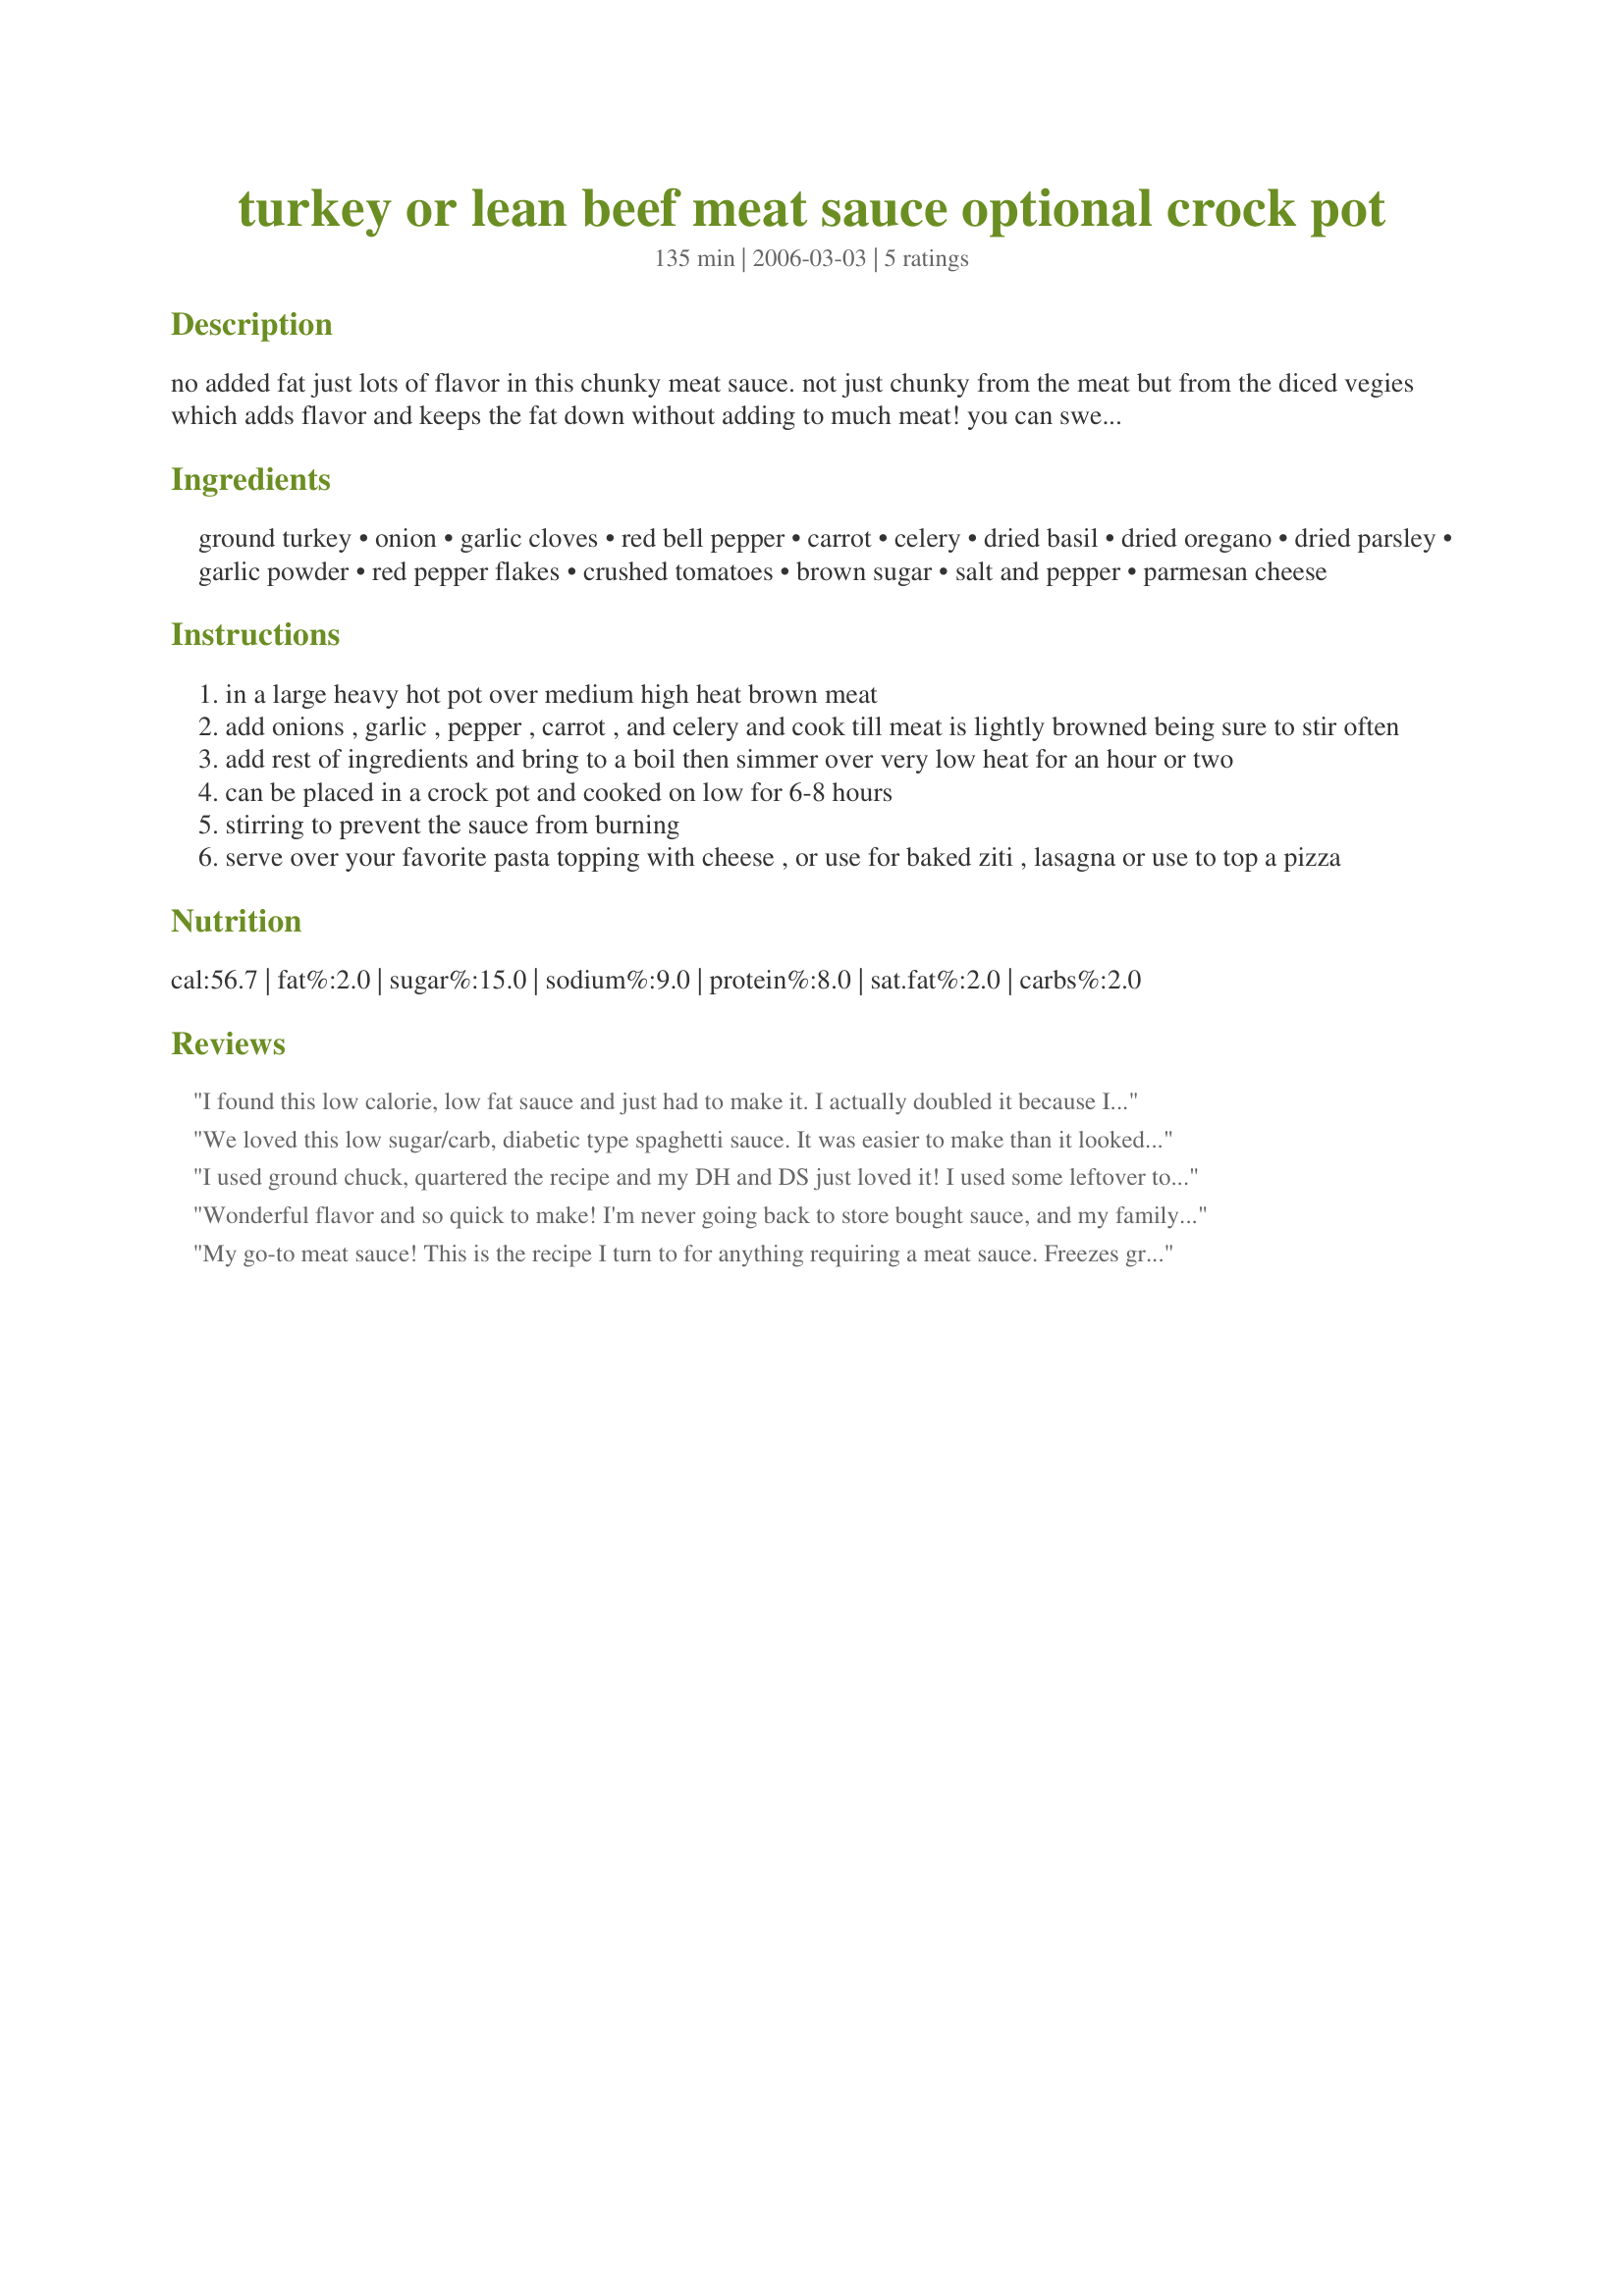
turkey or lean beef meat sauce optional crock pot
Preparation time: 135 minutes

no added fat just lots of flavor in this chunky meat sauce. not just chunky from the meat but from the diced vegies which adds flavor and keeps the fat down without adding to much meat! you can sweeten the sauce if the tomatoes are not sweet enough but wait till it simmers for 1/2 an hour then taste and season as you like. the carrot has a way of taking any tang from the sauce and the onions sweeten it. this make alot so you can have some for dinner and freeze some for the future.

Ingredients:
ground turkey, onion, garlic cloves, red bell pepper, carrot, celery, dried basil, dried oregano, dried parsley, garlic powder, red pepper flakes, crushed tomatoes, brown sugar, salt and pepper, parmesan cheese

Steps:
in a large heavy hot pot over medium high heat brown meat
add onions , garlic , pepper , carrot , and celery and cook till meat is lightly browned being sure to stir often
add rest of ingredients and bring to a boil then simmer over very low heat for an hour or two
can be placed in a crock pot and cooked on low for 6-8 hours
stirring to prevent the sauce from burning
serve over your favorite pasta topping with cheese , or use for baked ziti , lasagna or use to top a pizza

Reviews:
I found this low calorie, low fat sauce and just had to make it. I actually doubled it because I knew it would be wonderful. I followed the recipe exactly as you wrote it out and my family loved it! Thank you for the recipe!
We loved this low sugar/carb, diabetic type spaghetti sauce. It was easier to make than it looked and is now a big favorite. I prepared it without the optional sugar and will try it with a touch of ground italian sausage mixed with the turkey.
I used ground chuck, quartered the recipe and my DH and DS just loved it! I used some leftover tomato sauce. Thank you Rita!
Wonderful flavor and so quick to make! I'm never going back to store bought sauce, and my family agrees this is a keeper. Only thing keeping my away from 5 stars was the thinness of the sauce. I added tomato paste to thicken it up to stick to the pasta better. YUM! THanks for a great recipe.
My go-to meat sauce! This is the recipe I turn to for anything requiring a meat sauce. Freezes great, too, perfect OAMC recipe. Don't go for the 99% fat-free ground turkey breast; it turns into styrofoam pellets when cooked. The 93% lean stuff is much better.
